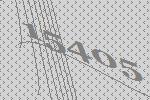
15405